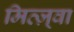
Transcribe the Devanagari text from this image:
मित्ज़्वा